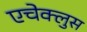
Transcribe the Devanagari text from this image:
एचेक्लुस